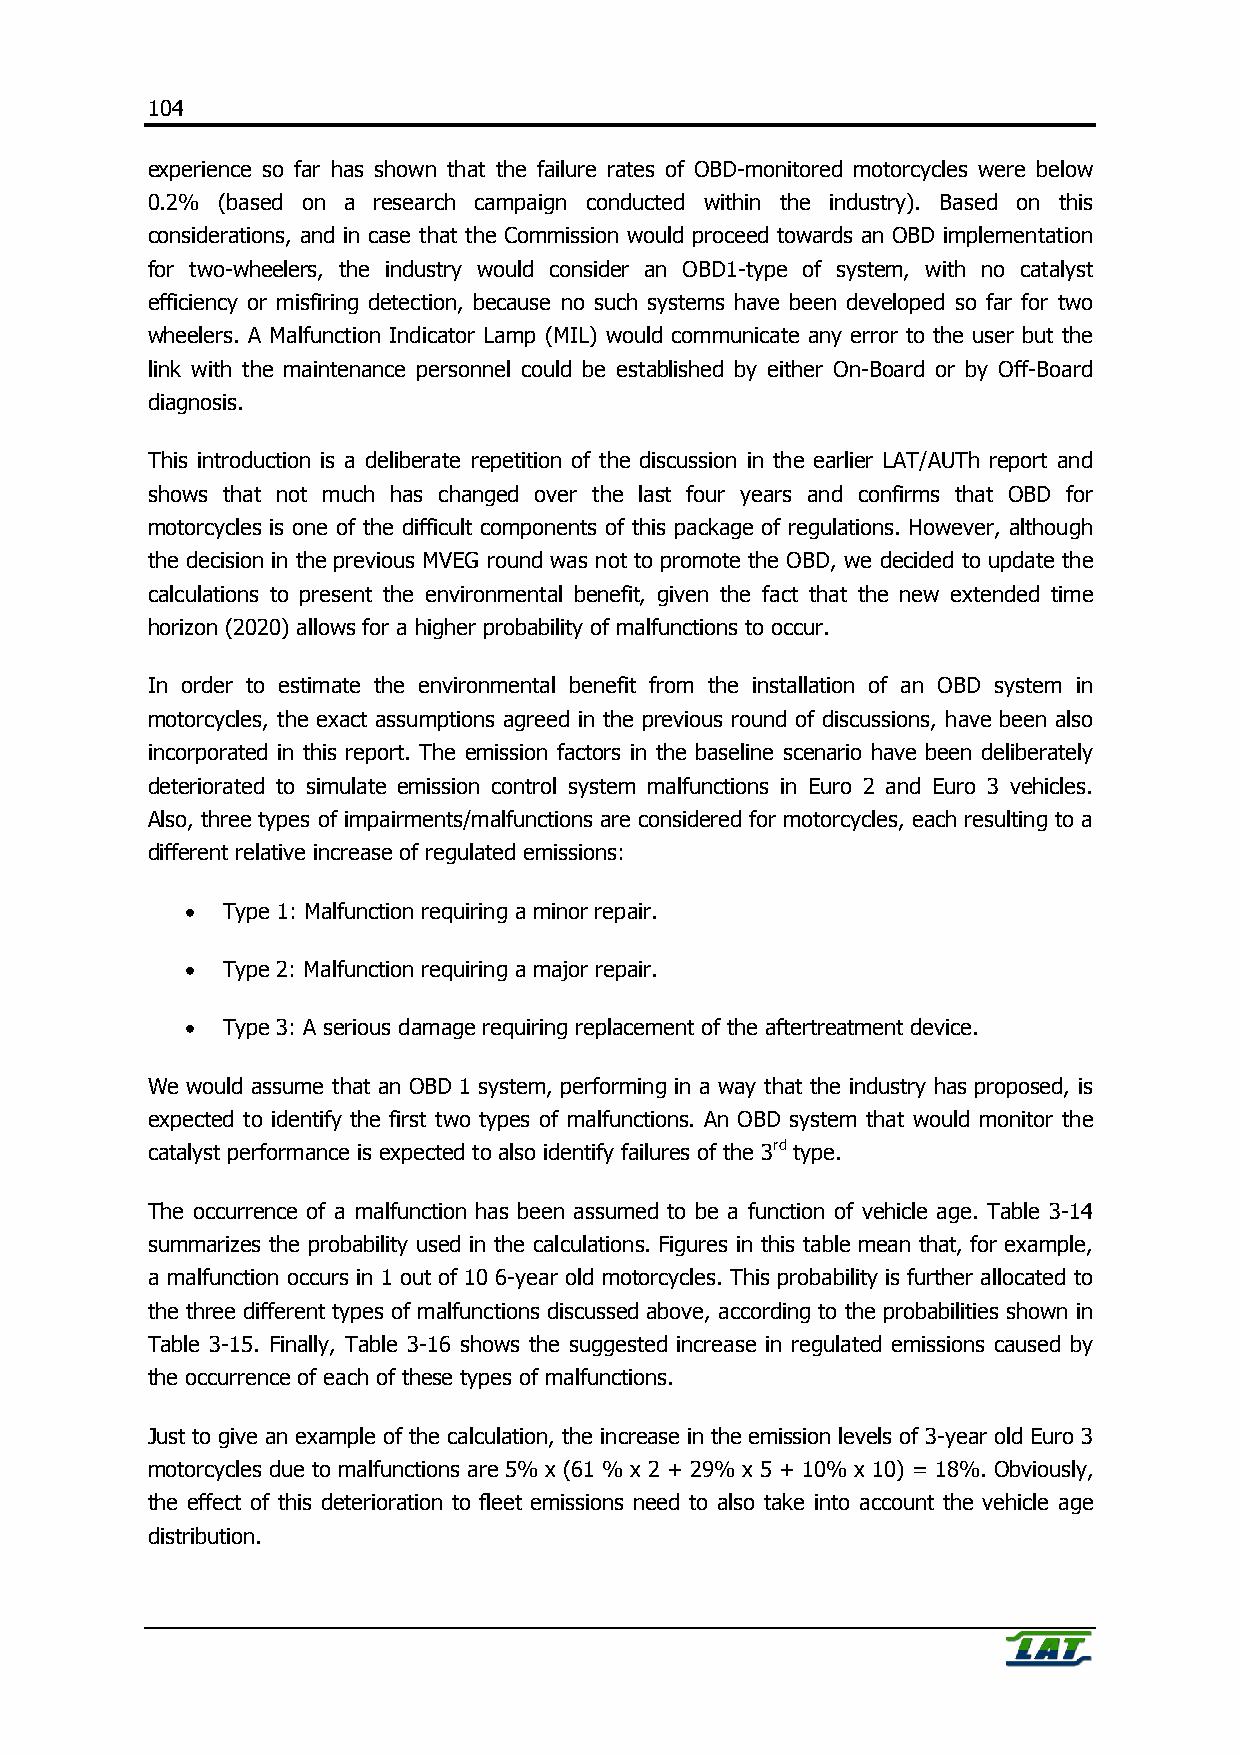
104
 experience so far has shown that the failure rates of OBD-monitored motorcycles were below
 0.2% (based on a research campaign conducted within the industry). Based on this
 considerations, and in case that the Commission would proceed towards an OBD implementation
 for two-wheelers, the industry would consider an OBD1-type of system, with no catalyst
 efficiency or misfiring detection, because no such systems have been developed so far for two
 wheelers. A Malfunction Indicator Lamp (MIL) would communicate any error to the user but the
 link with the maintenance personnel could be established by either On-Board or by Off-Board
 diagnosis.
 This introduction is a deliberate repetition of the discussion in the earlier LAT/AUTh report and
 shows that not much has changed over the last four years and confirms that OBD for
 motorcycles is one of the difficult components of this package of regulations. However, although
 the decision in the previous MVEG round was not to promote the OBD, we decided to update the
 calculations to present the environmental benefit, given the fact that the new extended time
 horizon (2020) allows for a higher probability of malfunctions to occur.
 In order to estimate the environmental benefit from the installation of an OBD system in
 motorcycles, the exact assumptions agreed in the previous round of discussions, have been also
 incorporated in this report. The emission factors in the baseline scenario have been deliberately
 deteriorated to simulate emission control system malfunctions in Euro 2 and Euro 3 vehicles.
 Also, three types of impairments/malfunctions are considered for motorcycles, each resulting to a
 different relative increase of regulated emissions:
 •  Type 1: Malfunction requiring a minor repair.
 •  Type 2: Malfunction requiring a major repair.
 •  Type 3: A serious damage requiring replacement of the aftertreatment device.
 We would assume that an OBD 1 system, performing in a way that the industry has proposed, is
 expected to identify the first two types of malfunctions. An OBD system that would monitor the
 catalyst performance is expected to also identify failures of the 3rd type.
 The occurrence of a malfunction has been assumed to be a function of vehicle age. Table 3-14
 summarizes the probability used in the calculations. Figures in this table mean that, for example,
 a malfunction occurs in 1 out of 10 6-year old motorcycles. This probability is further allocated to
 the three different types of malfunctions discussed above, according to the probabilities shown in
 Table 3-15. Finally, Table 3-16 shows the suggested increase in regulated emissions caused by
 the occurrence of each of these types of malfunctions.
 Just to give an example of the calculation, the increase in the emission levels of 3-year old Euro 3
 motorcycles due to malfunctions are 5% x (61 % x 2 + 29% x 5 + 10% x 10) = 18%. Obviously,
 the effect of this deterioration to fleet emissions need to also take into account the vehicle age
 distribution.